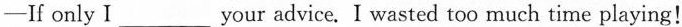
-If only I ___ your advice. I wasted too much time playing!